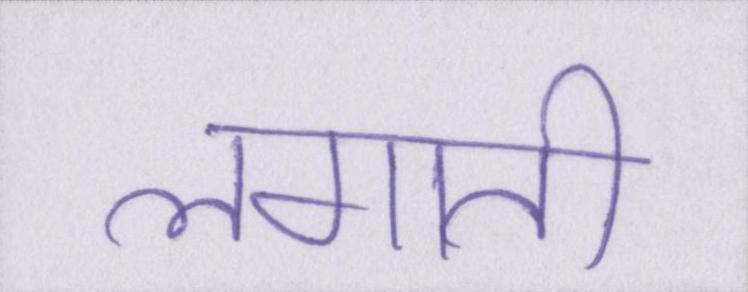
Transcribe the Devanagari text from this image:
लगाती